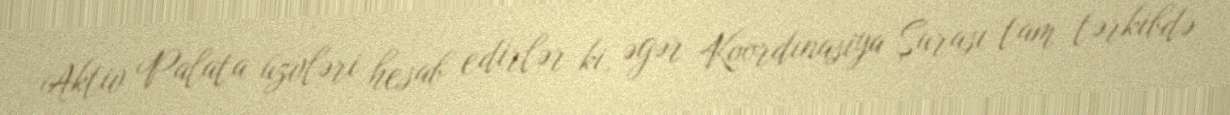
Aktiv Palata üzvləri hesab edirlər ki, əgər Koordinasiya Şurası tam tərkibdə